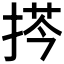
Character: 𢮻